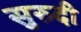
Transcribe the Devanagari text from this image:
सुरुदी